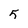
Character: 5